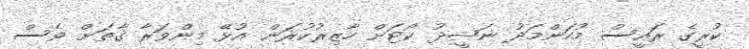
ކުރީގެ ރައީސް މުހަންމަދު ނަޝީދު ކޯޓަށް ހާޒިރުކުރަން އުޅޭ މިންވަރާ ގާތަށް ވެސް